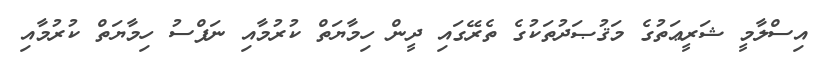
އިސްލާމީ ޝަރީޢަތުގެ މަޤުޞަދުތަކުގެ ތެރޭގައި ދީން ހިމާޔަތް ކުރުމާއި ނަފްސު ހިމާޔަތް ކުރުމާއި